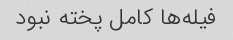
فیله‌ها کامل پخته نبود